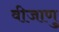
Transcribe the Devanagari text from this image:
वीजाणु